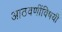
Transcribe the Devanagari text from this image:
आठवणींविषयी